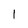
Character: 1